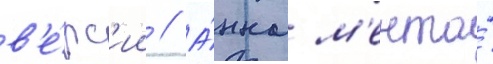
в'е́рс'ии // А́нна м'ента́